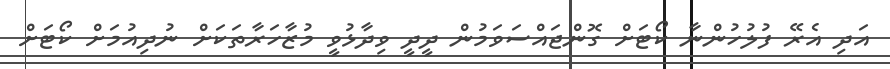
އަދި އެރޭ ފުލުހުންނާ ކޯޓަށް ގޮންޖައްސަވަމުން ދީދީ ވިދާޅުވީ މުޒާހަރާތަކަށް ނުދިއުމަށް ކޯޓަށް